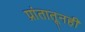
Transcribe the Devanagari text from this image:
प्रांतातूनही